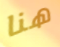
هنا